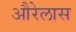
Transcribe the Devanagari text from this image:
औरेलास